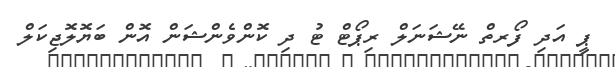
ޕީ އަދި ފޯރތް ނޭޝަނަލް ރިޕޯޓް ޓު ދި ކޮންވެންޝަން އޮން ބަޔޮލޮޖިކަލް